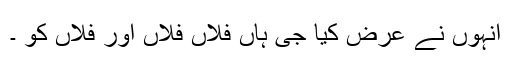
انہوں نے عرض کیا جی ہاں فلاں فلاں اور فلاں کو ۔